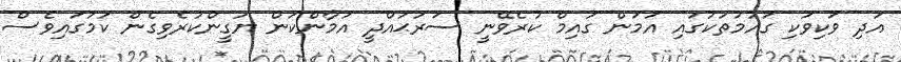
އަދި ވަކިވަކި ގައުމުތަކުގައި އަމަން ގައިމް ކުރެވޭނީ ސަރަޙައްދީ އަމާންކަން ޔަގީންކުރެވިގެން ކަމުގައިވެސް